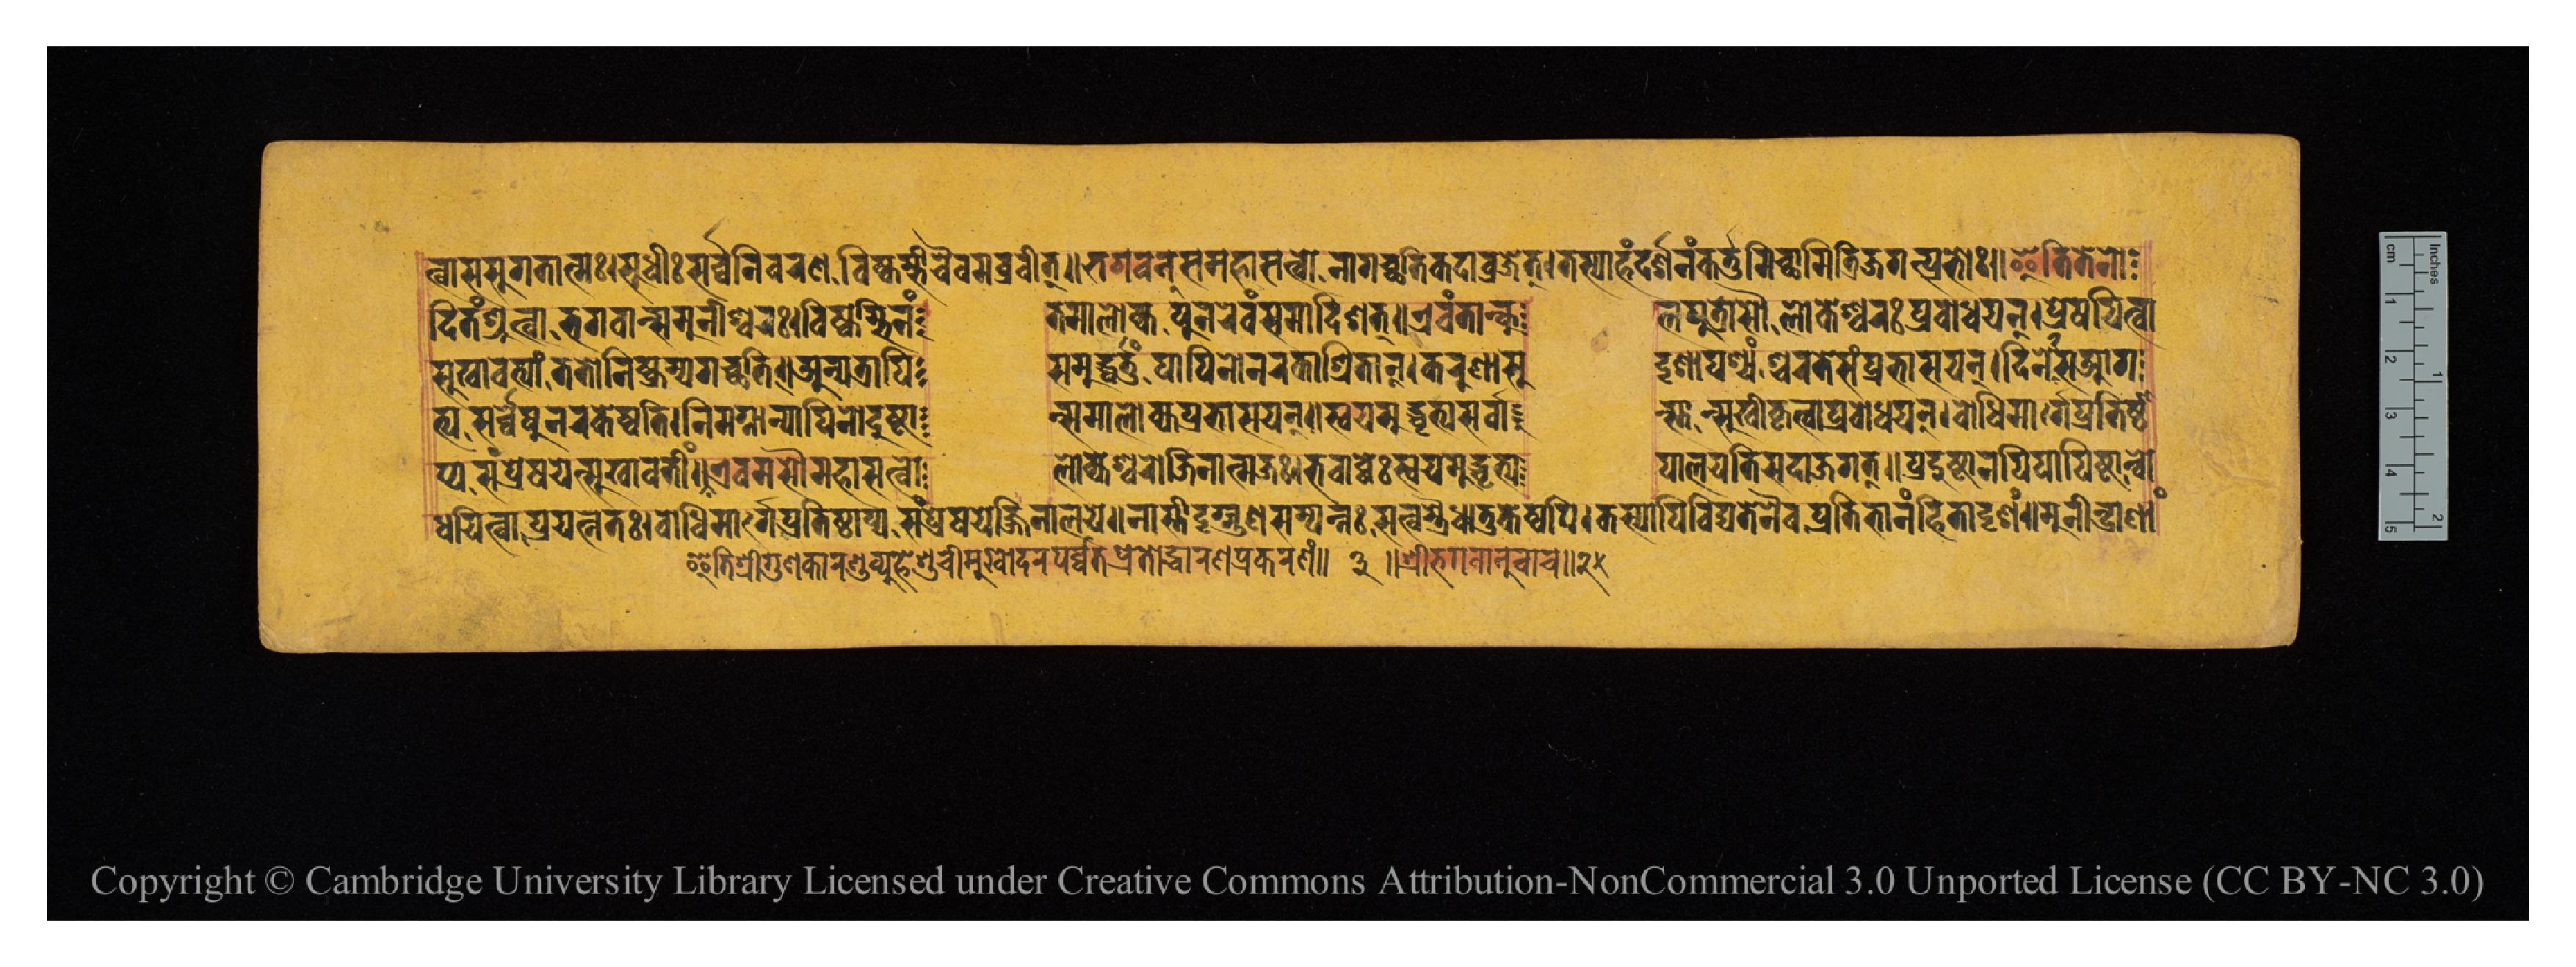
𑐟𑑂𑐰𑐵𑐳𑐳𑐸𑐐𑐟𑐵𑐟𑑂𑐩𑐖𑑅𑑋𑐳𑐸𑐢𑐷𑑅𑐳𑐬𑑂𑐰𑑂𑐰𑐣𑐷𑐰𑐬𑐞𑐰𑐶𑐲𑑂𑐎𑐩𑑂𑐨𑐷𑐔𑐿𑐰𑐩𑐧𑑂𑐬𑐰𑐷𑐟𑑂𑑌𑐨𑐐𑐰𑐣𑑂𑐳𑐩𑐴𑐵𑐳𑐟𑑂𑐰𑑀𑐣𑐵𑐐𑐔𑑂𑐕𑐟𑐶𑐎𑐡𑐵𑐰𑑂𑐬𑐖𑐟𑑂𑑋𑐟𑐳𑑂𑐫𑐵𑐴𑑄𑐡𑐬𑑂𑐱𑐣𑑄𑐎𑐬𑑂𑐟𑐸𑐩𑐶𑐔𑑂𑐕𑐵𑐩𑐶𑐟𑑂𑐬𑐶𑐖𑐐𑐟𑑂𑐥𑑂𑐬𑐨𑑀𑑅𑑋𑐂𑐟𑐶𑐟𑐾𑐣𑑀 𑐡𑐶𑐟𑑄𑐱𑑂𑐬𑐸𑐟𑑂𑐰𑐵𑐨𑐐𑐰𑐵𑐣𑑂𑐳𑐩𑐸𑐣𑐷𑐱𑑂𑐰𑐬𑑅𑑋𑐰𑐶𑐎𑐩𑑂𑐨𑐶𑐣𑑄  𑐟𑐩𑐵𑐮𑑀𑐎𑑂𑐫𑐥𑐸𑐣𑐬𑐾𑐰𑑄𑐳𑐩𑐵𑐡𑐶𑐱𑐟𑑂𑑌𑐊𑐰𑑄𑐟𑐵𑐣𑑂𑐎𑐸  𑐮𑐥𑐸𑐟𑑂𑐬𑐵𑐳𑑁𑐮𑑀𑐎𑐾𑐱𑑂𑐰𑐬𑑅𑐥𑑂𑐬𑐧𑑀𑐢𑐫𑐣𑑂𑑋𑐥𑑂𑐬𑐾𑐲𑐫𑐶𑐟𑑂𑐰𑐵 𑐳𑐸𑐏𑐵𑐰𑐟𑑂𑐫𑐵𑑄𑐟𑐟𑑀𑐣𑐶𑐲𑑂𑐎𑑂𑐬𑐩𑑂𑐫𑐐𑐔𑑂𑐕𑐟𑐶𑑌𑐀𑐣𑑂𑐫𑐟𑑂𑐬𑐵𑐥𑐶  𑐳𑐩𑐸𑐡𑑂𑐢𑐬𑑂𑐟𑐸𑑄𑐥𑐵𑐥𑐶𑐣𑑀𑐣𑐬𑐎𑐵𑐱𑑂𑐬𑐶𑐟𑐵𑐣𑑂𑑋𑐎𑐬𑐸𑐞𑐵𑐳𑐸  𑐡𑐺𑐱𑐵𑐥𑐱𑑂𑐫𑑄𑐱𑑂𑐔𑐬𑑄𑐳𑑂𑐟𑐾𑐳𑑄𑐥𑑂𑐬𑐨𑐵𑐳𑐫𑐣𑑂𑑋𑐡𑐶𑐣𑐾𑐡𑐶𑐣𑐾𑐳𑐁𑐐 𑐟𑑂𑐫𑐳𑐬𑑂𑐰𑑂𑐰𑐾𑐲𑐸𑐣𑐬𑐎𑐾𑐲𑑂𑐰𑐟𑐶𑑋𑐣𑐶𑐩𑐐𑑂𑐣𑐵𑐣𑑂𑐥𑐵𑐥𑐶𑐣𑑀𑐡𑐸𑐲𑑂𑐚𑐵  𑐣𑑂𑐳𑐩𑐵𑐮𑑀𑐎𑑂𑐫𑐥𑑂𑐬𑐨𑐵𑐳𑐫𑐣𑑂𑑌𑐳𑑂𑐰𑐫𑐩𑐸𑐡𑑂𑐢𑐺𑐟𑑂𑐫𑐳𑐬𑑂𑐰𑐵  𑐣𑑂𑐳𑑂𑐟𑐵𑐣𑑂𑐳𑐸𑐏𑐷𑐎𑐺𑐟𑑂𑐰𑐵𑐥𑑂𑐬𑐧𑑀𑐢𑐫𑐣𑑂𑑋𑐧𑑀𑐢𑐶𑐩𑐵𑐬𑑂𑐐𑐾𑐥𑑂𑐬𑐟𑐶𑐲𑑂𑐛𑐵 𑐥𑑂𑐫𑐳𑑄𑐥𑑂𑐬𑐾𑐲𑐫𑐾𑐟𑑂𑐳𑐸𑐏𑐵𑐰𑐟𑐷𑑄𑑌𑐊𑐰𑐩𑐳𑑁𑐩𑐴𑐵𑐳𑐟𑑂𑐰𑑀      𑐮𑑀𑐎𑐾𑐱𑑂𑐰𑐬𑑀𑐖𑐶𑐣𑐵𑐟𑑂𑐩𑐖𑑅𑑋𑐨𑐰𑐵𑐧𑑂𑐢𑐾𑑅𑐳𑑂𑐰𑐫𑐩𑐸𑐡𑑂𑐢𑐺𑐟𑑂𑐫  𑐥𑐵𑐮𑐫𑐟𑐶𑐳𑐡𑐵𑐖𑐐𑐟𑑂𑑌𑐥𑑂𑐬𑐡𑐸𑐲𑑂𑐚𑐵𑐣𑐥𑐶𑐥𑐵𑐥𑐶𑐲𑑂𑐚𑐵𑐣𑑂𑐧𑑀 𑐂𑐟𑐶𑐱𑑂𑐬𑐷𑐐𑐸𑐞𑐎𑐵𑐬𑐞𑑂𑐜𑐰𑑂𑐫𑐹𑐴𑐾𑐳𑐹𑐔𑐷𑐩𑐸𑐏𑑀𑐡𑐬𑐥𑐬𑑂𑐰𑑂𑐰𑐟𑐥𑑂𑐬𑐾𑐟𑑀𑐡𑑂𑐢𑐵𑐬𑐣𑐥𑑂𑐬𑐎𑐬𑐞𑑄𑑌 𑑓 𑑌 𑐱𑑂𑐬𑐷𑐨𑐐𑐰𑐵𑐣𑐸𑐰𑐵𑐔 𑑌 𑑒 𑐢𑐫𑐶𑐟𑑂𑐰𑐵𑐥𑑂𑐬𑐫𑐟𑑂𑐣𑐟𑑅𑑋𑐧𑑀𑐢𑐶𑐩𑐵𑐬𑑂𑐐𑐾𑐥𑑂𑐬𑐟𑐶𑐲𑑂𑐛𑐵𑐥𑑂𑐫𑐳𑑄𑐥𑑂𑐬𑐾𑐲𑐫𑐾𑐖𑑂𑐖𑐶𑐣𑐵𑐮𑐫𑐾𑑌𑐣𑐵𑐳𑑂𑐟𑐷𑐡𑐺𑐐𑑂𑐐𑐸𑐞𑐳𑑄𑐥𑐣𑑂𑐣𑑅𑐳𑐟𑑂𑐰𑐫𑐿𑐢𑐵𑐟𑐸𑐎𑐾𑐲𑑂𑐰𑐥𑐶𑑋𑐎𑐳𑑂𑐫𑐵𑐥𑐶𑐰𑐶𑐡𑑂𑐫𑐟𑐾𑐣𑐿𑐰𑐥𑑂𑐬𑐟𑐶𑐨𑐵𑐣𑑄𑐴𑐶𑐟𑐵𑐡𑐺𑐱𑑄𑑌𑐩𑐹𑐣𑐷𑐣𑑂𑐡𑑂𑐬𑐵𑐞𑐵𑑄